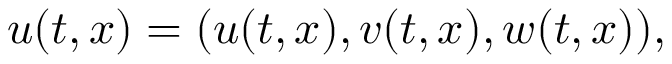
\boldsymbol { u } ( t , \boldsymbol { x } ) = ( u ( t , \boldsymbol { x } ) , v ( t , \boldsymbol { x } ) , w ( t , \boldsymbol { x } ) ) ,